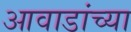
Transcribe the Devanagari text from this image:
आवाडांच्या